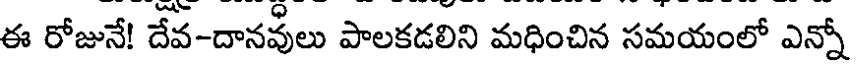
ఈ రోజునే! దేవ-దానవులు పాలకడలిని మధించిన సమయంలో ఎన్నో